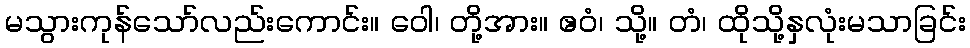
မသွားကုန်သော်လည်းကောင်း။ ဝေါ၊ တို့အား။ ဧဝံ၊ သို့။ တံ၊ ထိုသို့နှလုံးမသာခြင်း